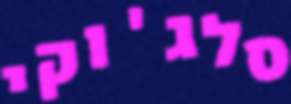
סלג'וקי